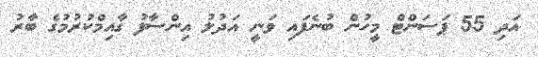
އަދި 55 ޕަސަންޓް މީހުން ބުނެފައި ވަނީ އަދުލު އިންސާފު ގާއިމްކުރުމުގެ ބާރު